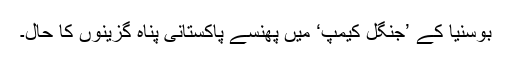
بوسنیا کے ’جنگل کیمپ‘ میں پھنسے پاکستانی پناہ گزینوں کا حال۔